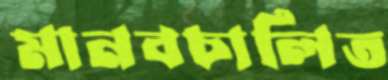
মানবচালিত